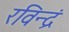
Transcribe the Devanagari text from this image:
रविन्द्रं